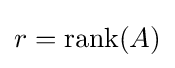
r={\mbox{rank}}(A)